Lunatic asylums Central Provinces reports 1910-1926 - 1910-1926
Year: 1910
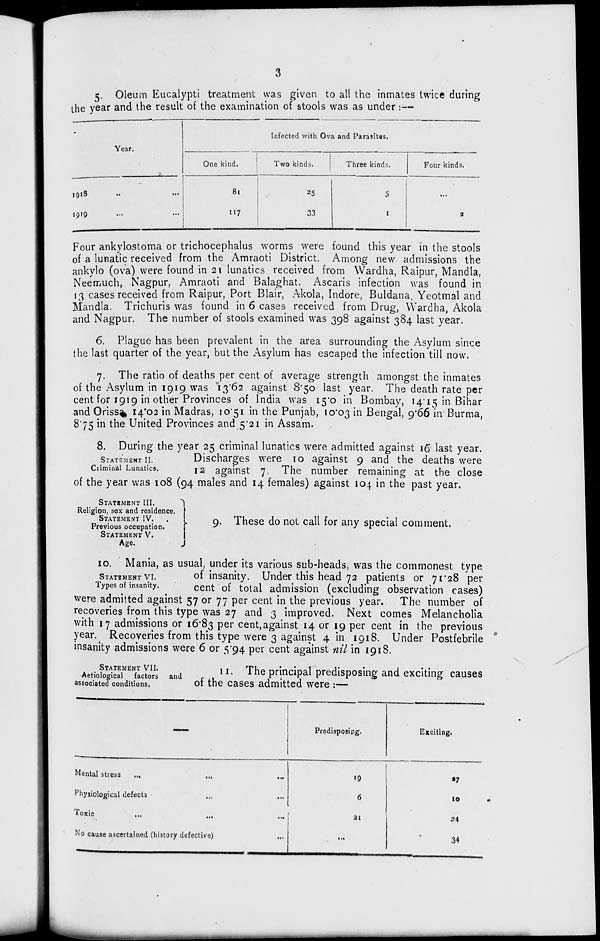
3
5. Oleum Eucalypti treatment was given to all the inmates twice during
the year and the result of the examination of stools was as under :—
Year.
1918
...
...
1919 ... ...
Infected with Ova and Parasites.
One kind.
81
117
Two kinds.
25
33
Three kinds.
5
1
Four kinds.
...
2
Four ankylostoma or trichocephalus worms were found this year in the stools
of a lunatic received from the Amraoti District. Among new admissions the
ankylo (ova) were found in 21 lunatics received from Wardha, Raipur, Mandla,
Neemuch, Nagpur, Amraoti and Balaghat. Ascaris infection was found in
13 cases received from Raipur, Port Blair, Akola, Indore, Buldana, Yeotmal and
Mandla. Trichuris was found in 6 cases received from Drug, Wardha, Akola
and Nagpur. The number of stools examined was 398 against 384 last year.
6. Plague has been prevalent in the area surrounding the Asylum since
the last quarter of the year, but the Asylum has escaped the infection till now.
7. The ratio of deaths per cent of average strength amongst the inmates
of the Asylum in 1919 was 13.62 against 8.50 last year. The death rate per
cent for 1919 in other Provinces of India was 15.0 in Bombay, 14.15 in Bihar
and Orissa 14.02 in Madras, 10.51 in the Punjab, 10.03 in Bengal, 9.66 in Burma,
8.75 in the United Provinces and 5.21 in Assam.
STATEMENT II.
Criminal Lunatics.
8. During the year 25 criminal lunatics were admitted against 16 last year.
Discharges were 10 against 9 and the deaths were
12 against 7. The number remaining at the close
of the year was 108 (94 males and 14 females) against 104 in the past year.
STATEMENT III.
Religion, sex and residence.
STATEMENT IV.
Previous occupation.
STATEMENT V.
Age.
9. These do not call for any special comment.
STATEMENT VI.
Types of insanity.
10. Mania, as usual, under its various sub-heads, was the commonest type
of insanity. Under this head 72 patients or 71.28 per
cent of total admission (excluding observation cases)
were admitted against 57 or 77 per cent in the previous year. The number of
recoveries from this type was 27 and 3 improved. Next comes Melancholia
with 17 admissions or 16.83 per cent,against 14 or 19 per cent in the previous
year. Recoveries from this type were 3 against 4 in 1918. Under Postfebrile
insanity admissions were 6 or 5.94 per cent against nil in 1918.
STATEMENT VII.
Aetiological factors and
associated conditions.
11. The principal predisposing and exciting causes
of the cases admitted were :—
—
Mental stress ... ... ...
Physiological defects ... ...
Toxic ... ... ...
No cause ascertained (history defective) ...
Predisposing.
19
6
21
...
Exciting.
27
10
24
34